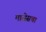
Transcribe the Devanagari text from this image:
मासेसचा